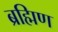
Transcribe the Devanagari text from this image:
ब्रह्मिण